Calcutta medical institutions reports 1892-1900
Year: 1892
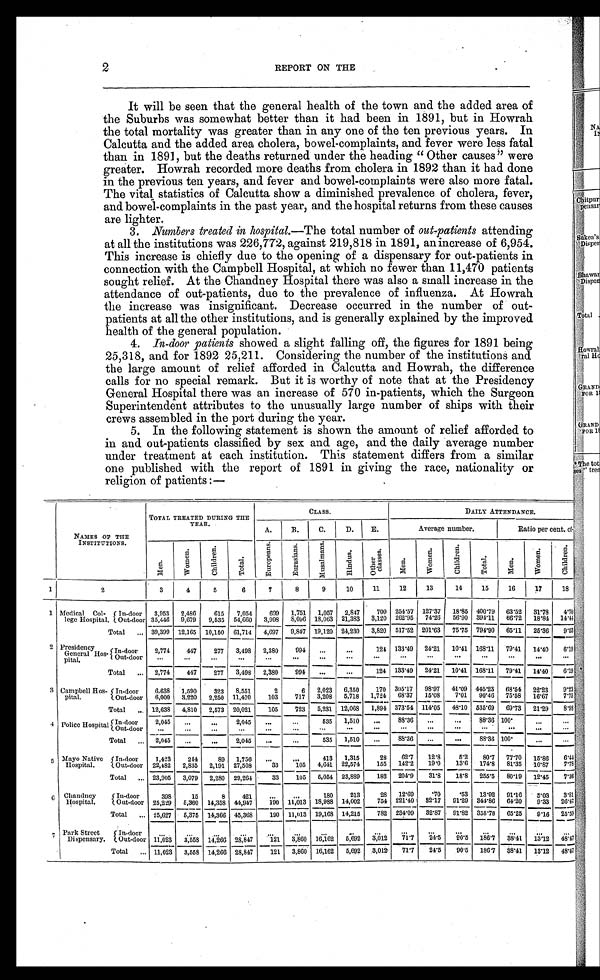
2
REPORT ON THE
It will be seen that the general health of the town and the added area of
the Suburbs was somewhat better than it had been in 1891, but in Howrah
the total mortality was greater than in any one of the ten previous years. In
Calcutta and the added area cholera, bowel-complaints, and fever were less fatal
than in 1891, but the deaths returned under the heading " Other causes" were
greater. Howrah recorded more deaths from cholera in 1892 than it had done
in the previous ten years, and fever and bowel-complaints were also more fatal.
The vital statistics of Calcutta show a diminished prevalence of cholera, fever,
and bowel-complaints in the past year, and the hospital returns from these causes
are lighter.
3. Numbers treated in hospital.— The total number of out-patients attending
at all the institutions was 226,772, against 219,818 in 1891, an increase of 6,954.
This increase is chiefly due to the opening of a dispensary for out-patients in
connection with the Campbell Hospital, at which no fewer than 11,470 patients
sought relief. At the Chandney Hospital there was also a small increase in the
attendance of out-patients, due to the prevalence of influenza. At Howrah
the increase was insignificant. Decrease occurred in the number of out-
patients at all the other institutions, and is generally explained by the improved
health of the general population.
4. In-door patients showed a slight falling off, the figures for 1891 being
25,318, and for 1892 25,211. Considering the number of the institutions and
the large amount of relief afforded in Calcutta and Howrah, the difference
calls for no special remark. But it is worthy of note that at the Presidency
General Hospital there was an increase of 570 in-patients, which the Surgeon
Superintendent attributes to the unusually large number of ships with their
crews assembled in the port during the year.
5. In the following statement is shown the amount of relief afforded to
in and out-patients classified by sex and age, and the daily average number
under treatment at each institution. This statement differs from a similar
one published with the report of 1891 in giving the race, nationality or
religion of patients :—
NAMES OF THE
INSTITUTIONS.
TOTAL TREATED DURING THE
YEAR.
CLASS.
DAILY ATTENDANCE.
A.
B.
C.
D.
E.
Average number.
Ratio per cent. of—
M e n .
W o m e n .
C h i l d r e n .
T o t a l .
E u r o p e a n s .
E u r a s i a n s .
M u s a l m a n s .
H i n d u s .
O t h e r
c l a s s e s .
M e n .
W o m e n .
C h i l d r e n .
T o t a l .
M e n .
W o m e n .
C h i l d r e n .
1
2
3
4
5
6
7
8
9
10
11
12
13
14
15
16
17
18
1 Medical Col-
lege Hospital.
In-door 3,953 2,486
615 7,054
699 1,751 1,057 2,847
700 254.57 127.37 18.85 400.79 63.52 31.78 4.70
Out-door 35,446 9,679 9,535 54,660 3,998 8,096 18,063 21,383 3,120 262.95 74.26 56.90 394.11 66.72 18.84 14.44
Total ... 39,399 12,165 10,150 61,714 4,697 9,847 19,120 24,230 3,820 517.52 201.63 75.75 794.90 65.11 25.36 9.53
2 Presidency
General Hos-
pital.
In-door
2,774
447
277 3,498 2,380
994 ...
...
124 133.49 24.21 10.41 168.11 79.41 14.40 6.19
Out-door
. . .
. . .
. . .
. . .
. . . . . .
. . .
. . .
. . .
. . .
. . .
. . .
. . .
. . .
. . .
. . .
Total ... 2,774
447
277 3,498 2,380
994
. . .
. . .
124 133.49 24.21 10.41 168.11 79.41 14.40 6.19
3 Campbell Hos-
pital.
In-door 6,638 1,590
323 8,551
2
6 2,023 6,350
170 305.17 98.97 41.09 445.23 68.54 22.23 9.23
Out-door 6,000 3,220 2,250 11,470
103
717 3,208 5,718 1,724 68.37 15.08 7.01 90.46 75.58 16.67 7.75
Total
. . . 12,638 4,810 2,573 20,021
105
723 5,231 12,068 1,894 373.54 114.05 48.10 535.69 69.73 21.29 8.98
4 Police Hospital In-door
2,045
. . .
. . .
2,045
. . .
. . .
535 1,510
. . . 88.36
. . .
. . . 88.36 100.
. . .
. . .
Out-door
. . .
. . .
. . .
. . .
. . .
. . .
. . .
. . .
. . .
. . .
. . .
. . .
. . .
. . .
. . .
. . .
Total
. . . 2,045
. . .
. . .
2,045
. . .
. . .
535 1,510
. . .
88.36
. . .
...
88.36 100.
. . .
. . .
5 Mayo Native
Hospital.
In-door
1,423
244
89 1,756
. . .
. . .
413 1,315
28 62.7 12.8
5.2 80.7 77.70 15.86 6.44
Out-door 22,482 2,835 2,191 27,508
33
105 4,641 22,574
155 142.2 19.0 13.6 174.8 81.35 10.87 7.78
Total
. . . 23,905 3,079 2,280 29,264
33
105 5,054 23,889
183 204.9 31.8 18.8 255.5 80.19 12.45 7.38
6 Chandney
Hospital.
In-door
398
15
8
421 ...
. . .
180
213
28 12.69 .70
.53 13.92 91.16 5.03 3.81
Out-door 25,229 5,360 14,358 44,947
190 11,013 18,988 14,002
754 221.40 32.17 91.29 344.86 64.20 9.33 26.47
Total ... 25,627 5,375 14,366 45,368
190 11,013 19,168 14,215
782 234.09 32.87 91.82 358.78 65.25 9.16 25.59
7
Park Street
Dispensary.
In-door
. . .
. . .
. . . ...
. . .
. . .
. . .
. . .
. . .
. . .
. . .
. . .
. . . ...
. . .
. . .
Out-door 11,023 3,558 14,266 28,847
121 3,860 16,162
5,692
3,012 71.7 24.5 90.5 186.7 38.41 13.12 48.47
Total
. . . 11,023 3,558 14,266 28,847
121 3,860 16,162 5,692 3,012 71.7 24.5 90.5 186.7 38.41 13.12 48.47